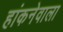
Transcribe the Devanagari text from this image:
हांकनेवाला